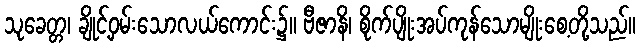
သုခေတ္တ၊ ချိုင့်ဝှမ်းသောလယ်ကောင်း၌။ ဗီဇာနိ၊ စိုက်ပျိုးအပ်ကုန်သောမျိုးစေ့တို့သည်။